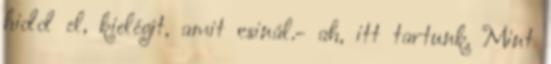
hidd el, kielégít, amit csinál.- ah, itt tartunk. Mint